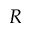
R